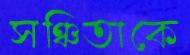
সঞ্চিতাকে